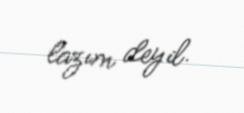
lazım deyil.